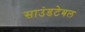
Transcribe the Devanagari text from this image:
साउंडटेबल